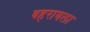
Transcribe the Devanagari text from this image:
बहरायला